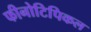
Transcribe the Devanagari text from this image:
फीनोटिपिकल